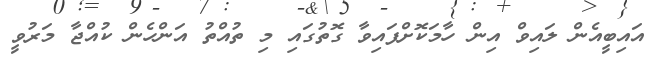
އައިބީއެން ލައިވް އިން ހާމަކޮށްފައިވާ ގޮތުގައި މި ތުއްތު އަންހެން ކުއްޖާ މަރުވީ